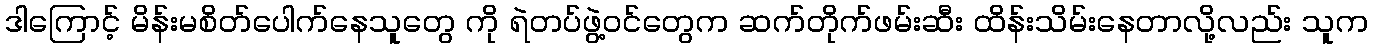
ဒါကြောင့် မိန်းမစိတ်ပေါက်နေသူတွေ ကို ရဲတပ်ဖွဲ့ဝင်တွေက ဆက်တိုက်ဖမ်းဆီး ထိန်းသိမ်းနေတာလို့လည်း သူက